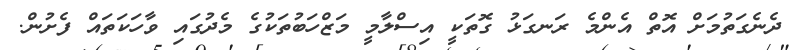
ދެނެގަތުމަށް އޮތް އެންމެ ރަނގަޅު ގޮތަކީ އިސްލާމީ މަޒްހަބުތަކުގެ މެދުގައި ވާހަކަތައް ފެށުން.